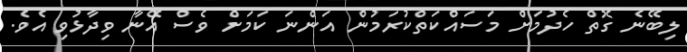
ލިބޭނެ ގޮތް ހެދުމަށް މަސައްކަތްކުރަމުން އަންނަ ކަމަށް ވެސް އޭނާ ވިދާޅުވި އެވެ.